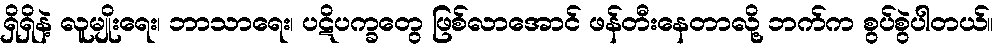
ရှိရှိနဲ့ လူမျိုးရေး၊ ဘာသာရေး၊ ပဋိပက္ခတွေ ဖြစ်လာအောင် ဖန်တီးနေတာလို့ ဘက်က စွပ်စွဲပါတယ်။